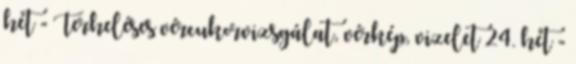
hét - Terheléses vércukorvizsgálat, vérkép, vizelet 24. hét -